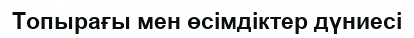
Топырағы мен өсімдіктер дүниесі